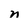
Character: n